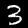
Digit: 3